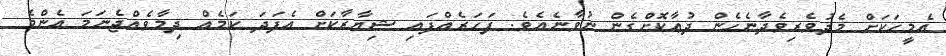
އެމީހަކަށް މެދުވެރިވެދާނެހެން ދުޢާކޮށްގެން ނުވާނެއެވެ. ފަހަރެއްފައި ޝިޔާރާކަށް އެފަދަ ކަމެއް ދިމާވެއްޖެނަމަ އެންމެ